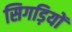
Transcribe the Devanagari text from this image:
सिगड़ियों